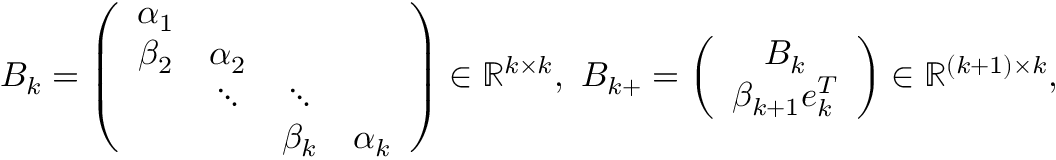
B _ { k } = \left( \begin{array} { c c c c } { \alpha _ { 1 } } & & & \\ { \beta _ { 2 } } & { \alpha _ { 2 } } & & \\ & { \ddots } & { \ddots } & \\ & & { \beta _ { k } } & { \alpha _ { k } } \end{array} \right) \in \mathbb { R } ^ { k \times k } , \ B _ { k + } = \left( \begin{array} { c } { B _ { k } } \\ { \beta _ { k + 1 } e _ { k } ^ { T } } \end{array} \right) \in \mathbb { R } ^ { { ( k + 1 ) } \times k } ,